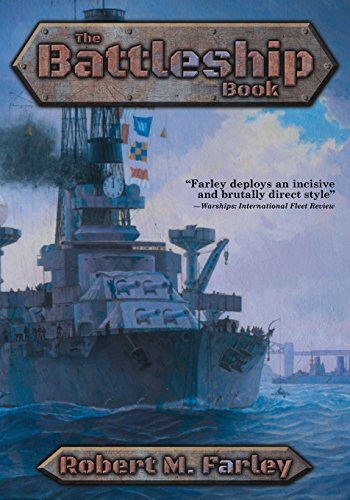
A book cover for The Battleship Book; Robert M. Farley; History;